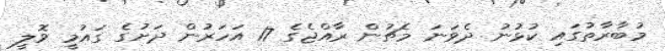
މުބާރާތުގައި ކުޅުނު ދެވަނަ މެޗުން ރާއްޖެގެ 17 އަހަރުން ދަށުގެ ގައުމީ ވޮލީ